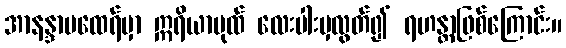
အာနန္ဒာမထေရ်မှာ ဣရိယာပုထ် လေးပါးမှလွတ်၍ ရဟန္တာဖြစ်ကြောင်း။